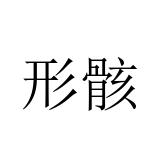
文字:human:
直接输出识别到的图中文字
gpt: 形骸